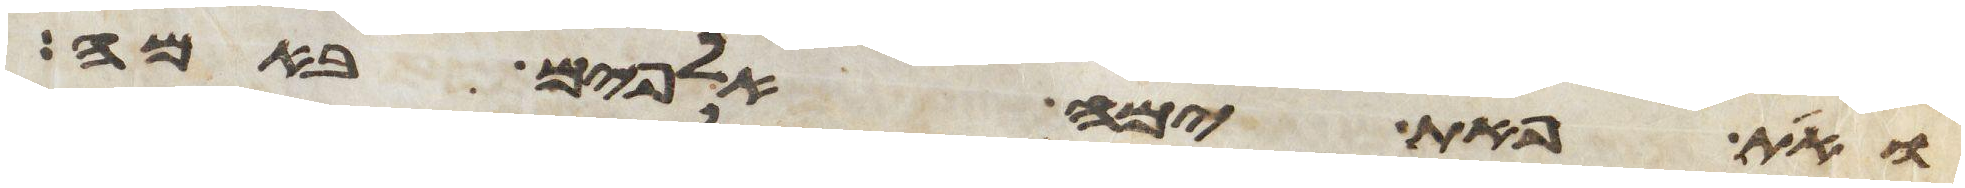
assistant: ואת פאת ימה אלפים באמה